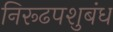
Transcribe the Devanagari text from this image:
निरूढपशुबंध